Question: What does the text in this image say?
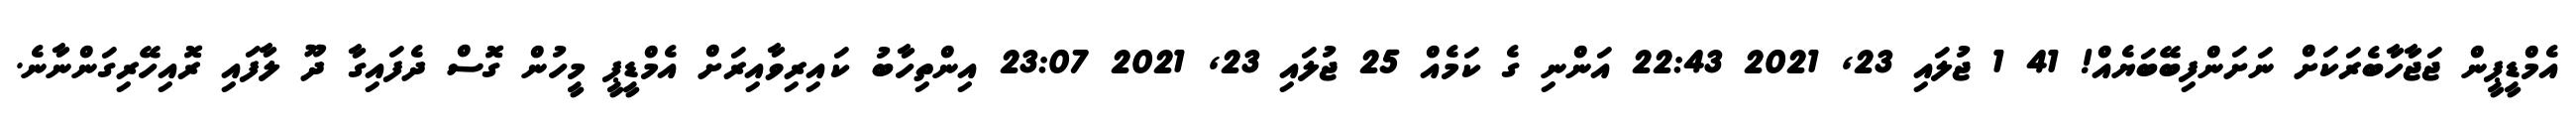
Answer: އެމްޑީޕީން ޖަޖާހާބެރަކަށް ނަށަންފިބޭބަޔެއް! 41 1 ޖުލައި 23, 2021 22:43 އަންނި ގެ ކަމެއް 25 ޖުލައި 23, 2021 23:07 އިންތިހާބު ކައިރިވާއިރަށް އެމްޑީޕީ މީހުން ގޮސް ދެފައިގާ ދޫ ލާފައި ރޮއިހޭރިގަންނާނެ.